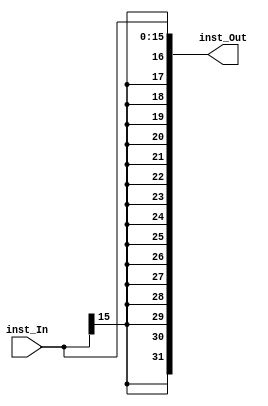
module Extender_16_to_32 (inst_In, inst_Out);

	input [15:0] inst_In;
	output reg [31:0] inst_Out;
	
	//Instrucoes estao em complemento de 2
	
	always@(*)
	begin
		inst_Out = {{16{inst_In[15]}}, inst_In};
	end

endmodule